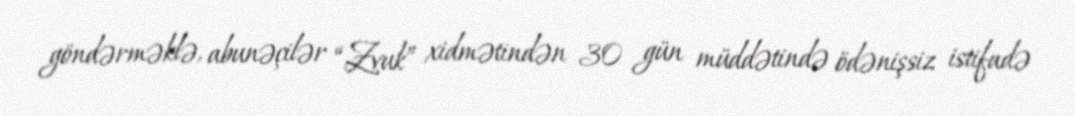
göndərməklə, abunəçilər “Zvuk” xidmətindən 30 gün müddətində ödənişsiz istifadə